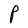
Character: P